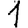
Digit: 1